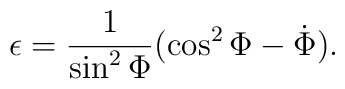
\epsilon = \frac{1}{\sin^2 \Phi} (\cos^2 \Phi - \dot \Phi).